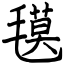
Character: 氁